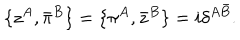
\{ z ^ { A } , \bar { \pi } ^ { B } \} = \{ \pi ^ { A } , \bar { z } ^ { B } \} = i \delta ^ { A \bar { B } } .